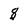
Character: 8